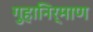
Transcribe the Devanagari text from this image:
गुहानिर्माण